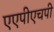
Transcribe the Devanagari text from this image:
एएपीएचपी